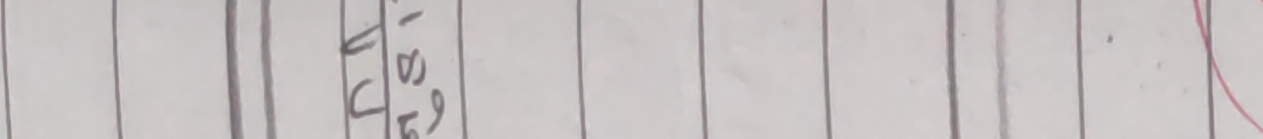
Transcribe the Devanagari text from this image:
५७।८९